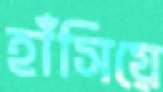
হাঁসিয়ে